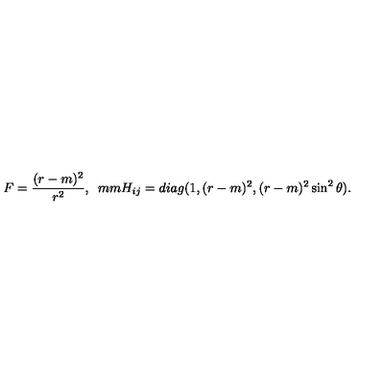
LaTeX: F = \frac { ( r - m ) ^ { 2 } } { r ^ { 2 } } , \hspace * { 5 m m } H _ { i j } = d i a g ( 1 , ( r - m ) ^ { 2 } , ( r - m ) ^ { 2 } \sin ^ { 2 } \theta ) .